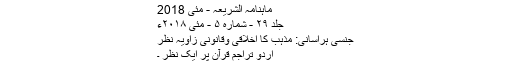
﻿ ماہنامہ الشریعہ - مئی 2018
جلد ۲۹ - شمارہ ۵ - مئی ۲۰۱۸ء
جنسی ہراسانی: مذہب کا اخلاقی وقانونی زاویہ نظر
اردو تراجم قرآن پر ایک نظر ۔